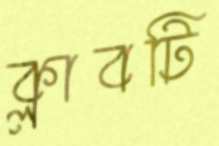
ক্লাবটি